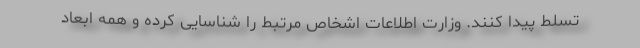
تسلط پیدا کنند. وزارت اطلاعات اشخاص مرتبط را شناسایی کرده و همه ابعاد